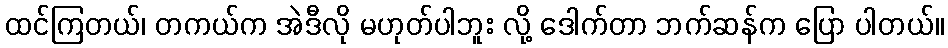
ထင်ကြတယ်၊ တကယ်က အဲဒီလို မဟုတ်ပါဘူး လို့ ဒေါက်တာ ဘက်ဆန်က ပြော ပါတယ်။